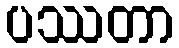
ပဿတာ